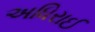
અધિરાઈ